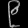
Digit: ၉